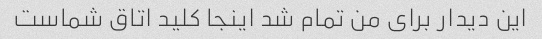
این دیدار برای من تمام شد اینجا کلید اتاق شماست